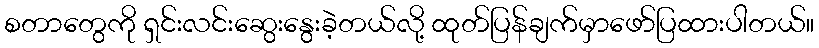
စတာတွေကို ရှင်းလင်းဆွေးနွေးခဲ့တယ်လို့ ထုတ်ပြန်ချက်မှာဖော်ပြထားပါတယ်။